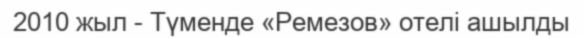
2010 жыл - Түменде «Ремезов» отелі ашылды